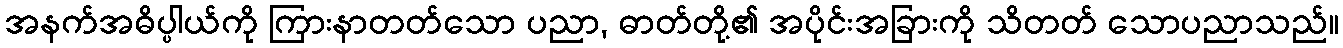
အနက်အဓိပ္ပါယ်ကို ကြားနာတတ်သော ပညာ, ဓာတ်တို့၏ အပိုင်းအခြားကို သိတတ် သောပညာသည်။